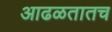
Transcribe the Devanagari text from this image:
आढळतातच